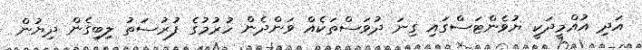
އަދި އުއްމީދަކީ ޔުވެންޓަސްގައި ގިނަ ދުވަސްތަކެއް ވަންދެން ހުރުމުގެ ފުރުސަތު ލިބިގެން ދިޔުން